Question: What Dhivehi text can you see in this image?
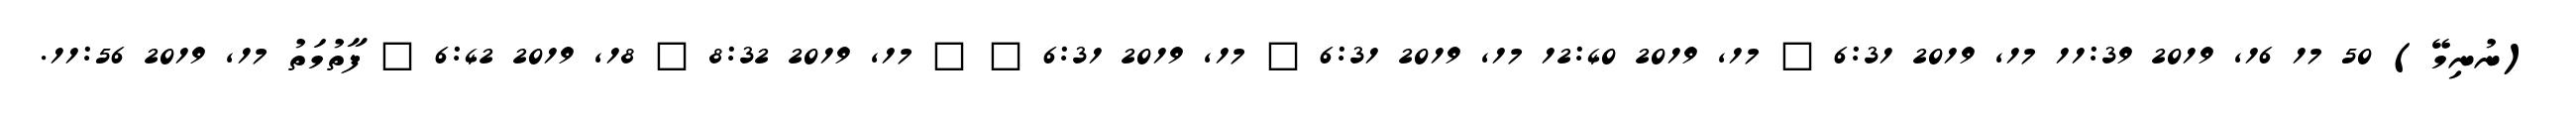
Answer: (ނުނިމޭ) 50 17 16, 2019 11:39 17, 2019 6:31 ? 17, 2019 12:40 17, 2019 6:31 ? 17, 2019 6:31 ? ? 17, 2019 8:32 ? 18, 2019 6:42 ? ފާތުމަތު 17, 2019 11:56.